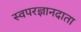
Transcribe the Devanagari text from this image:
स्वपरज्ञानदाता